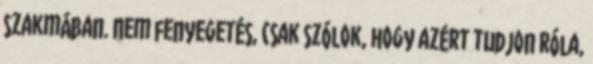
szakmában. Nem fenyegetés, csak szólok, hogy azért tudjon róla,